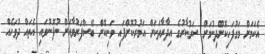
އެކަމަށް މަގުފަހިކޮށްދިނުމަށް ސަރުކާރުގެ އިދާރާތަކަށް އަމުރުކޮށްފައި ވަނިކޮށް ބޭސްފަރުވާއަށް ނުފޮނުވައި އެތައް ދުވަހެއް